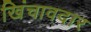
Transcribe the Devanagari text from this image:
खिंचावदार